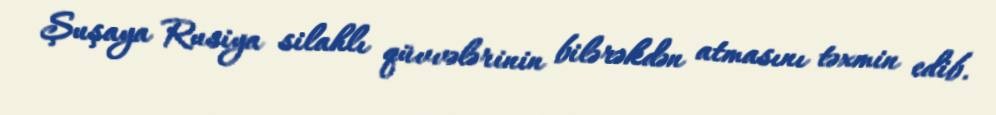
Şuşaya Rusiya silahlı qüvvələrinin bilərəkdən atmasını təxmin edib.